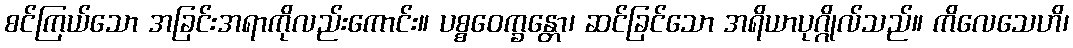
စင်ကြယ်သော အခြင်းအရာကိုလည်းကောင်း။ ပစ္စဝေက္ခန္တော၊ ဆင်ခြင်သော အရိယာပုဂ္ဂိုလ်သည်။ ကိလေသေဟိ၊